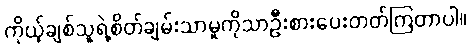
ကိုယ့်ချစ်သူရဲ့စိတ်ချမ်းသာမှုကိုသာဦးစားပေးတတ်ကြတာပါ။